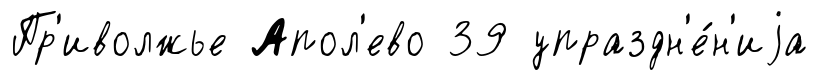
Пр'иволжье Апол'ево 39 упраздн'е́н'иjа